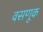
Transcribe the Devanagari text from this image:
वसणूक